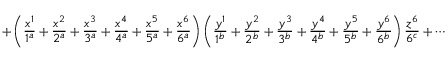
+ \left( \frac { x ^ { 1 } } { 1 ^ { a } } + \frac { x ^ { 2 } } { 2 ^ { a } } + \frac { x ^ { 3 } } { 3 ^ { a } } + \frac { x ^ { 4 } } { 4 ^ { a } } + \frac { x ^ { 5 } } { 5 ^ { a } } + \frac { x ^ { 6 } } { 6 ^ { a } } \right) \left( \frac { y ^ { 1 } } { 1 ^ { b } } + \frac { y ^ { 2 } } { 2 ^ { b } } + \frac { y ^ { 3 } } { 3 ^ { b } } + \frac { y ^ { 4 } } { 4 ^ { b } } + \frac { y ^ { 5 } } { 5 ^ { b } } + \frac { y ^ { 6 } } { 6 ^ { b } } \right) \frac { z ^ { 6 } } { 6 ^ { c } } + \cdots